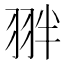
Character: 𮶉